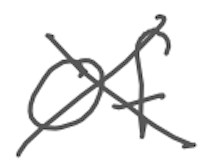
Text: of
Cross-out: cross
Writing tool: digital_gray